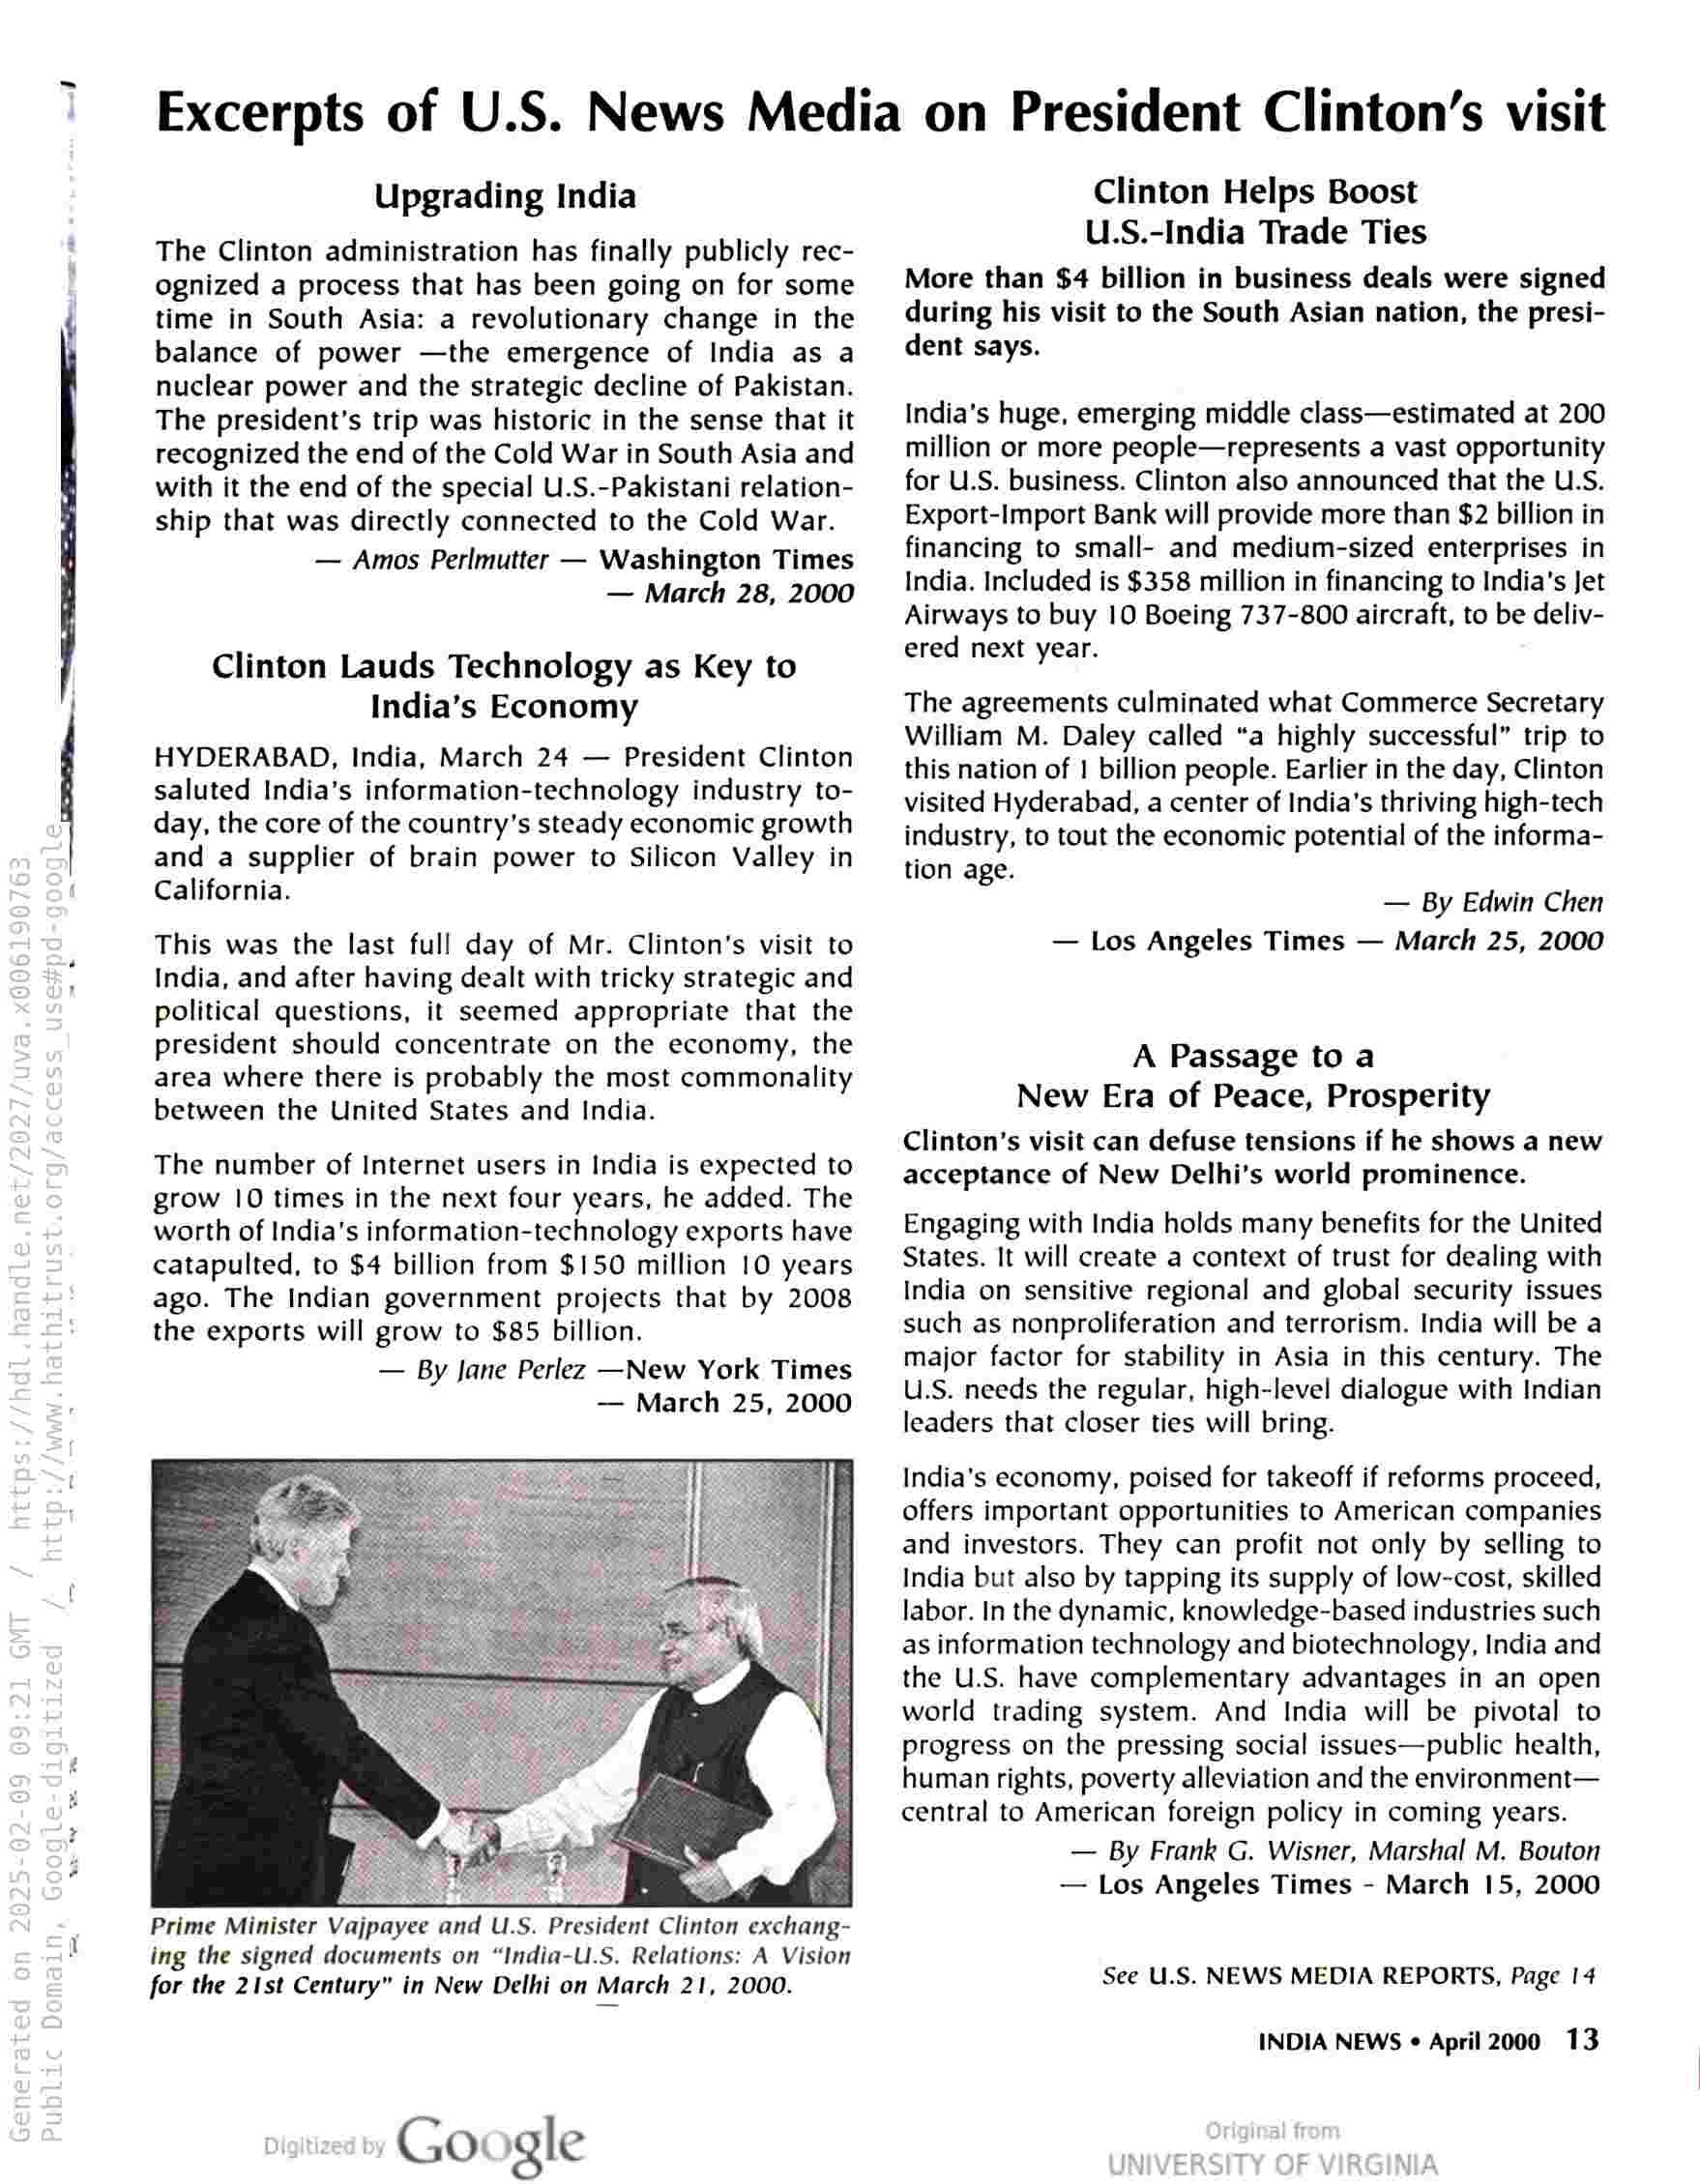
Excerpts of U.S. News Media on President Clinton’s visit

Upgrading India

The Clinton administration has finally publicly rec-
ognized a process that has been going on for some
time in South Asia: a revolutionary change in the
balance of power —the emergence of India as a
nuclear power and the strategic decline of Pakistan.
The president’s trip was historic in the sense that it
recognized the end of the Cold War in South Asia and
with it the end of the special U.S.-Pakistani relation-
ship that was directly connected to the Cold War.
— Amos Perlmutter — Washington Times
— March 28, 2000

Clinton Lauds Technology as Key to
India’s Economy

HYDERABAD, India, March 24 — President Clinton
saluted India’s information-technology industry to-
day, the core of the country’s steady economic growth
and a supplier of brain power to Silicon Valley in
California.

This was the last full day of Mr. Clinton's visit to
India, and after having dealt with tricky strategic and
political questions, it seemed appropriate that the
president should concentrate on the economy, the
area where there is probably the most commonality
between the United States and India.

The number of Internet users in India is expected to
grow 10 times in the next four years, he added. The
worth of India's information-technology exports have
catapulted, to $4 billion from $150 million 10 years
ago. The Indian government projects that by 2008
the exports will grow to $85 billion.
— By Jane Perlez —New York Times
— March 25, 2000

Prime Minister Vajpayee and U.S. President Clinton exchang-
ing the signed documents on “India-U.S. Relations: A Vision
for the 21st Century” in New Delhi on March 21, 2000.

Google

Clinton Helps Boost
U.S.-India Trade Ties

More than $4 billion in business deals were signed
during his visit to the South Asian nation, the presi-
dent says.

India’s huge, emerging middle class—estimated at 200
million or more people—represents a vast opportunity
for U.S. business. Clinton also announced that the U.S.
Export-Import Bank will provide more than $2 billion in
financing to small- and medium-sized enterprises in
India. Included is $358 million in financing to India’s Jet
Airways to buy 10 Boeing 737-800 aircraft, to be deliv-
ered next year.

The agreements culminated what Commerce Secretary
William M. Daley called “a highly successful” trip to
this nation of | billion people. Earlier in the day, Clinton
visited Hyderabad, a center of India's thriving high-tech
industry, to tout the economic potential of the informa-
tion age.
— By Edwin Chen
— Los Angeles Times — March 25, 2000

A Passage to a
New Era of Peace, Prosperity

Clinton’s visit can defuse tensions if he shows a new
acceptance of New Delhi’s world prominence.

Engaging with India holds many benefits for the United
States. It will create a context of trust for dealing with
India on sensitive regional and global security issues
such as nonproliferation and terrorism. India will be a
major factor for stability in Asia in this century. The
U.S. needs the regular, high-level dialogue with Indian
leaders that closer ties will bring.

India’s economy, poised for takeoff if reforms proceed,
offers important opportunities to American companies
and investors. They can profit not only by selling to
India but also by tapping its supply of low-cost, skilled
labor. In the dynamic, knowledge-based industries such
as information technology and biotechnology, India and
the U.S. have complementary advantages in an open
world trading system. And India will be pivotal to
progress on the pressing social issues—public health,
human rights, poverty alleviation and the environment—
central to American foreign policy in coming years.
— By Frank G. Wisner, Marshal M. Bouton
— Los Angeles Times - March 15, 2000

See U.S. NEWS MEDIA REPORTS, Page | 4

INDIA NEWS « April 2000 13